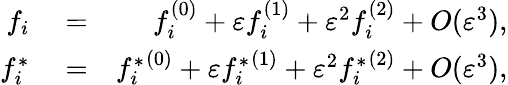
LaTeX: \begin{array}{rlr}{f_{i}}&{{}=}&{f_{i}^{(0)}+\varepsilon f_{i}^{(1)}+\varepsilon^{2}f_{i}^{(2)}+O(\varepsilon^{3}),}\\ {{f_{i}^{*}}}&{{}=}&{{f_{i}^{*}}^{(0)}+\varepsilon{f_{i}^{*}}^{(1)}+\varepsilon^{2}{f_{i}^{*}}^{(2)}+O(\varepsilon^{3}),}\end{array}